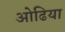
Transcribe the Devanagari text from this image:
ओढिया